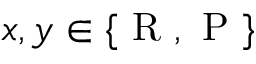
x , y \in \{ \mathrm { ~ R ~ } , \mathrm { ~ P ~ } \}